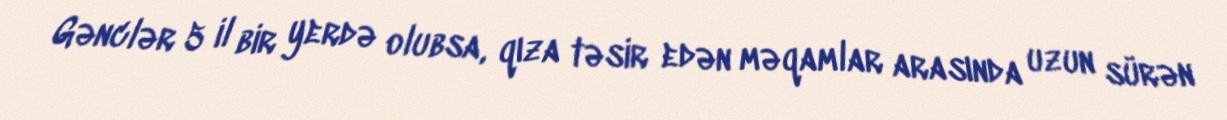
Gənclər 5 il bir yerdə olubsa, qıza təsir edən məqamlar arasında uzun sürən